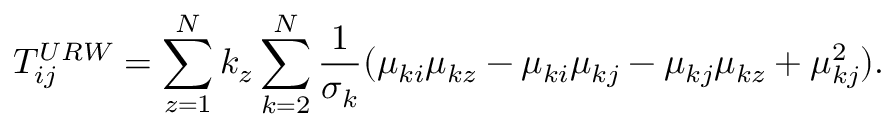
T _ { i j } ^ { U R W } = \sum _ { z = 1 } ^ { N } k _ { z } \sum _ { k = 2 } ^ { N } \frac { 1 } { \sigma _ { k } } ( \mu _ { k i } \mu _ { k z } - \mu _ { k i } \mu _ { k j } - \mu _ { k j } \mu _ { k z } + \mu _ { k j } ^ { 2 } ) .